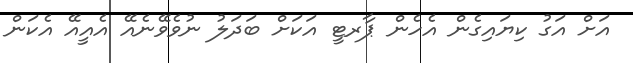
އަށް އަގު ކިޔައިގެން އެހެން ޕާރޓީ އަކަށް ބަދަލު ނުވެވޭނެއޭ އެއީއޭ އެކަން